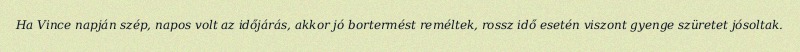
Ha Vince napján szép, napos volt az időjárás, akkor jó bortermést reméltek, rossz idő esetén viszont gyenge szüretet jósoltak.